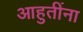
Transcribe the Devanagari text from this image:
आहुतींना